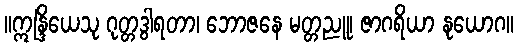
။ဣန္ဒြိယေသု ဂုတ္တဒွါရတာ၊ ဘောဇနေ မတ္တညူ၊ ဇာဂရိယာ နုယောဂ။